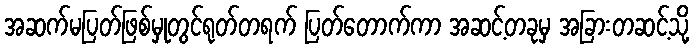
အဆက်မပြတ်ဖြစ်မှုတွင်ရုတ်တရက် ပြတ်တောက်ကာ အဆင့်တခုမှ အခြားတဆင့်သို့